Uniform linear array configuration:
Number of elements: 8
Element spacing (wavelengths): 0.25
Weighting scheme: kaiser
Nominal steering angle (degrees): -15
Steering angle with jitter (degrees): -13.202
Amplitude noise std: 0.05
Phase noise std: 0.05

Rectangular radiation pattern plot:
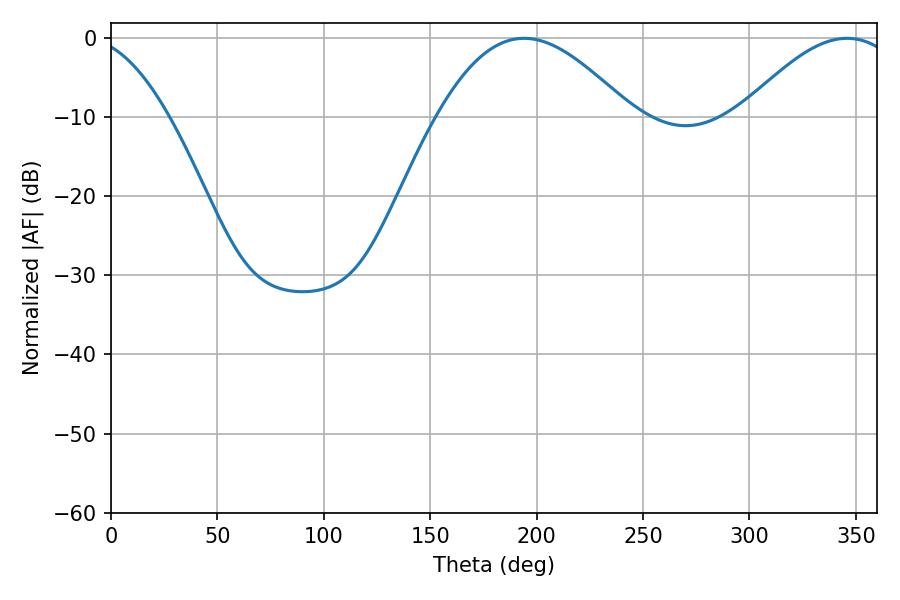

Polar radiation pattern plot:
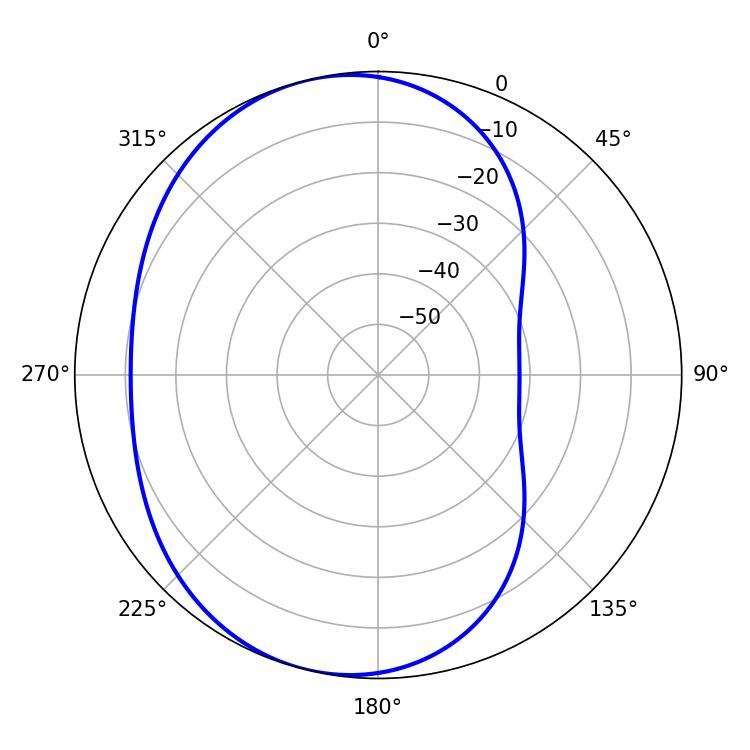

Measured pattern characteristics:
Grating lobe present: FALSE
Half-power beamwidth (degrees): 49.32
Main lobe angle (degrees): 194.04